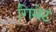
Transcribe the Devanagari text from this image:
गिमेट